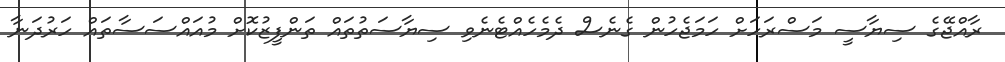
ރާއްޖޭގެ ސިޔާސީ މަސްރަހަށް ހަމަޖެހުން ގެނެސް ދެމެހެއްޓެނެވި ސިޔާސަތުތައް ތަންފީޒުކޮށް މުއައްސަސާތައް ހަރުދަނާ